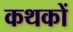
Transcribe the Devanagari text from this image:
कथकों